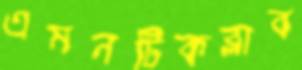
এমনটিকব্‌লাব